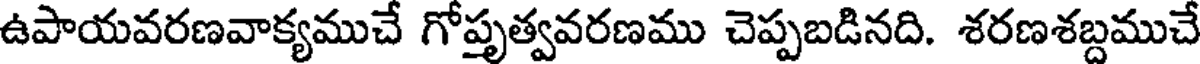
ఉపాయవరణవాక్యముచే గోపృత్వవరణము చెప్పబడినది. శరణశబ్దముచే